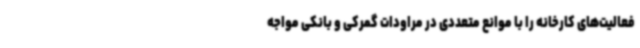
فعالیت‌های کارخانه را با موانع متعددی در مراودات گمرکی و بانکی مواجه